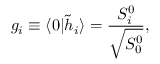
g _ { i } \equiv \langle 0 \vert { \tilde { h } } _ { i } \rangle = { \frac { S _ { i } ^ { 0 } } { \sqrt { S _ { 0 } ^ { 0 } } } } ,